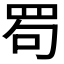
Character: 𦊒